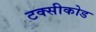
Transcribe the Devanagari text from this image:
टक्सीकोड